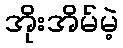
အိုးအိမ်မဲ့